Manual of the Civil Veterinary Department, Central Provinces and Berar
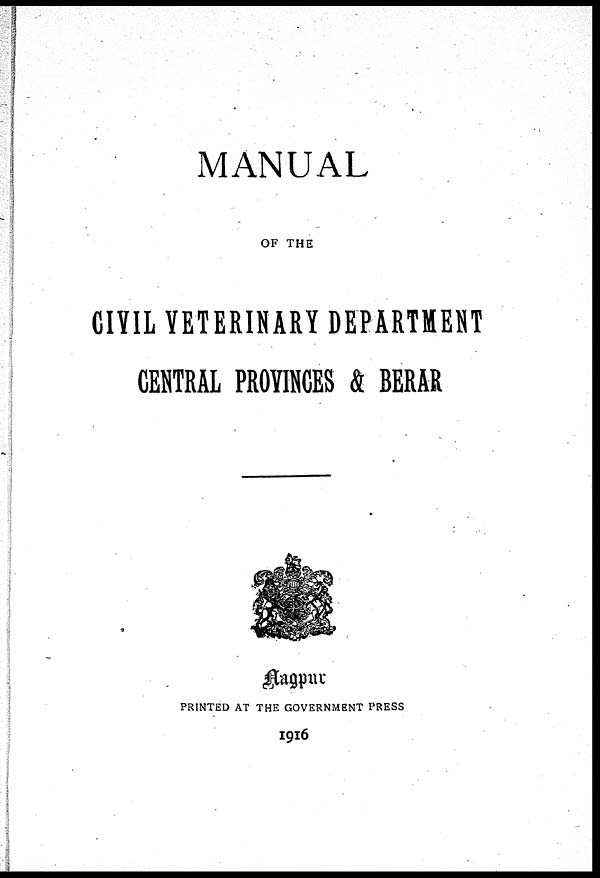
MANUAL
OF THE
CIVIL VETERINARY DEPARTMENT
CENTRAL PROVINCES & BERAR
Nagpur
PRINTED AT THE GOVERNMENT PRESS
1916